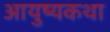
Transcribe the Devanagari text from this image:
आयुष्यकथा